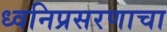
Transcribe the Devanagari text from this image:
ध्वनिप्रसरणाचा